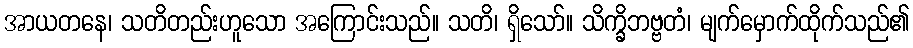
အာယတနေ၊ သတိတည်းဟူသော အကြောင်းသည်။ သတိ၊ ရှိသော်။ သိက္ခိဘဗ္ဗတံ၊ မျက်မှောက်ထိုက်သည်၏